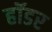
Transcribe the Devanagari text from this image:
हॉडर